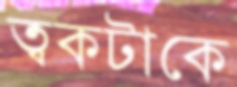
ত্বকটাকে